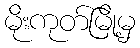
မိုးကုတ်မြို့မှ